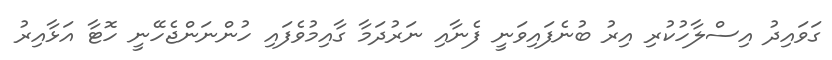
ގަވައިދު އިސްލާހުކުރި އިރު ބުނެފައިވަނީ ފެނާއި ނަރުދަމާ ގާއިމުވެފައި ހުންނަންޖެހޭނީ ހޮޓާ އަޅާއިރު